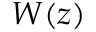
W ( z )